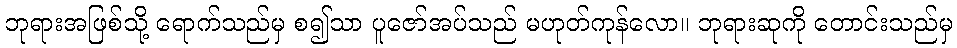
ဘုရားအဖြစ်သို့ ရောက်သည်မှ စ၍သာ ပူဇော်အပ်သည် မဟုတ်ကုန်လော။ ဘုရားဆုကို တောင်းသည်မှ